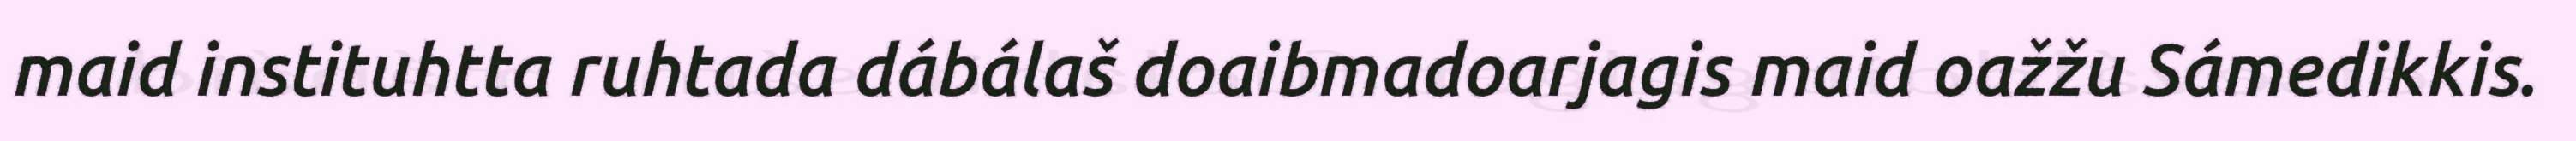
maid instituhtta ruhtada dábálaš doaibmadoarjagis maid oažžu Sámedikkis.